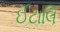
ઈટાલિ